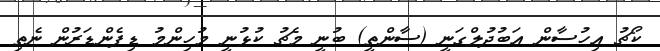
ކޯޗު އިހުސާން އަބުދުލްގަނީ (ސާންތީ) ބުނީ މެޗު ކުޅުނީ މުހިންމު ޑިފެންޑަރުން ނެތި